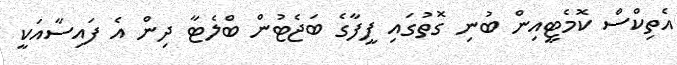
އެތިކްސް ކޮމެޓީއިން ބުނި ގޮތުގައި ފީފާގެ ބަޖެޓުން ބްލެޓާ ދިން އެ ފައިސާއަކީ